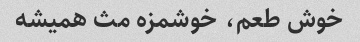
خوش طعم، خوشمزه مث همیشه